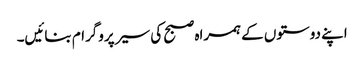
اپنے دوستوں کے ہمراہ صبح کی سیر پروگرام بنائیں۔